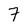
Character: 7